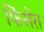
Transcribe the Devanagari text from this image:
फिंसेंत